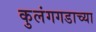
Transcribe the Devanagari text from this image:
कुलंगगडाच्या